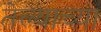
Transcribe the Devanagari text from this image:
तेल्याच्या